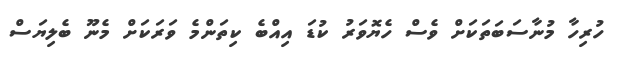
ހުރިހާ މުނާސަބަތަކަށް ވެސް ހެޔޮވަރު ކުޑަ އިއްބެ ކިތަންމެ ވަރަކަށް މެނޫ ބެލިޔަސް